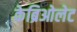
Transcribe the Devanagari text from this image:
केब्रिओलेट